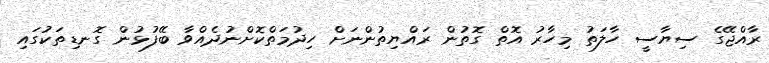
ރާއްޖޭގެ ސިޔާސީ ހާލަތު މިހާރު އޮތް ގޮތުން ރައްޔިތުންނަށް ހިދުމަތްކޮށްނުދެއްވާ ބޭފުޅުން ގޮނޑިތަކުގައި